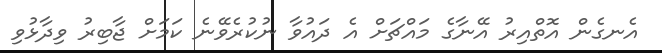
އެނގެން އޮތްއިރު އޭނާގެ މައްޗަށް އެ ދައުވާ ނުކުރެވޭނެ ކަމަށް ޖާބިރު ވިދާޅުވި